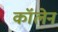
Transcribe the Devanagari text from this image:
कॉलेन